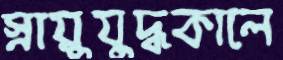
স্নায়ুযুদ্ধকালে